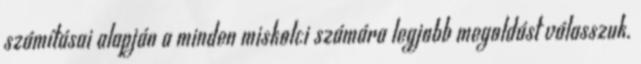
számításai alapján a minden miskolci számára legjobb megoldást válasszuk.